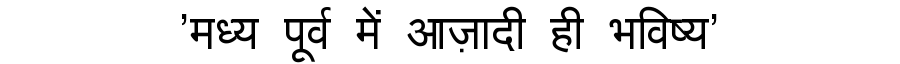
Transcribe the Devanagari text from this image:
'मध्य पूर्व में आज़ादी ही भविष्य'